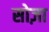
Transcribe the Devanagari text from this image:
सोज़ा